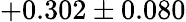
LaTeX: +0.302\pm 0.080